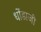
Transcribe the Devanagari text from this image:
धोंडाजी